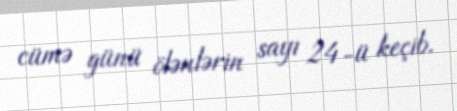
cümə günü ölənlərin sayı 24-ü keçib.